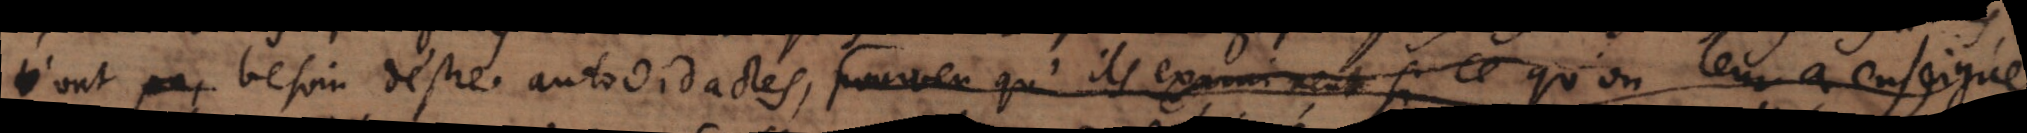
n’ont besoin d’estre autodidactes [prouve qu’ils examinent si ce qu’on leur à enseigné